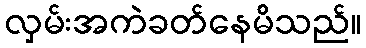
လှမ်းအကဲခတ်နေမိသည်။